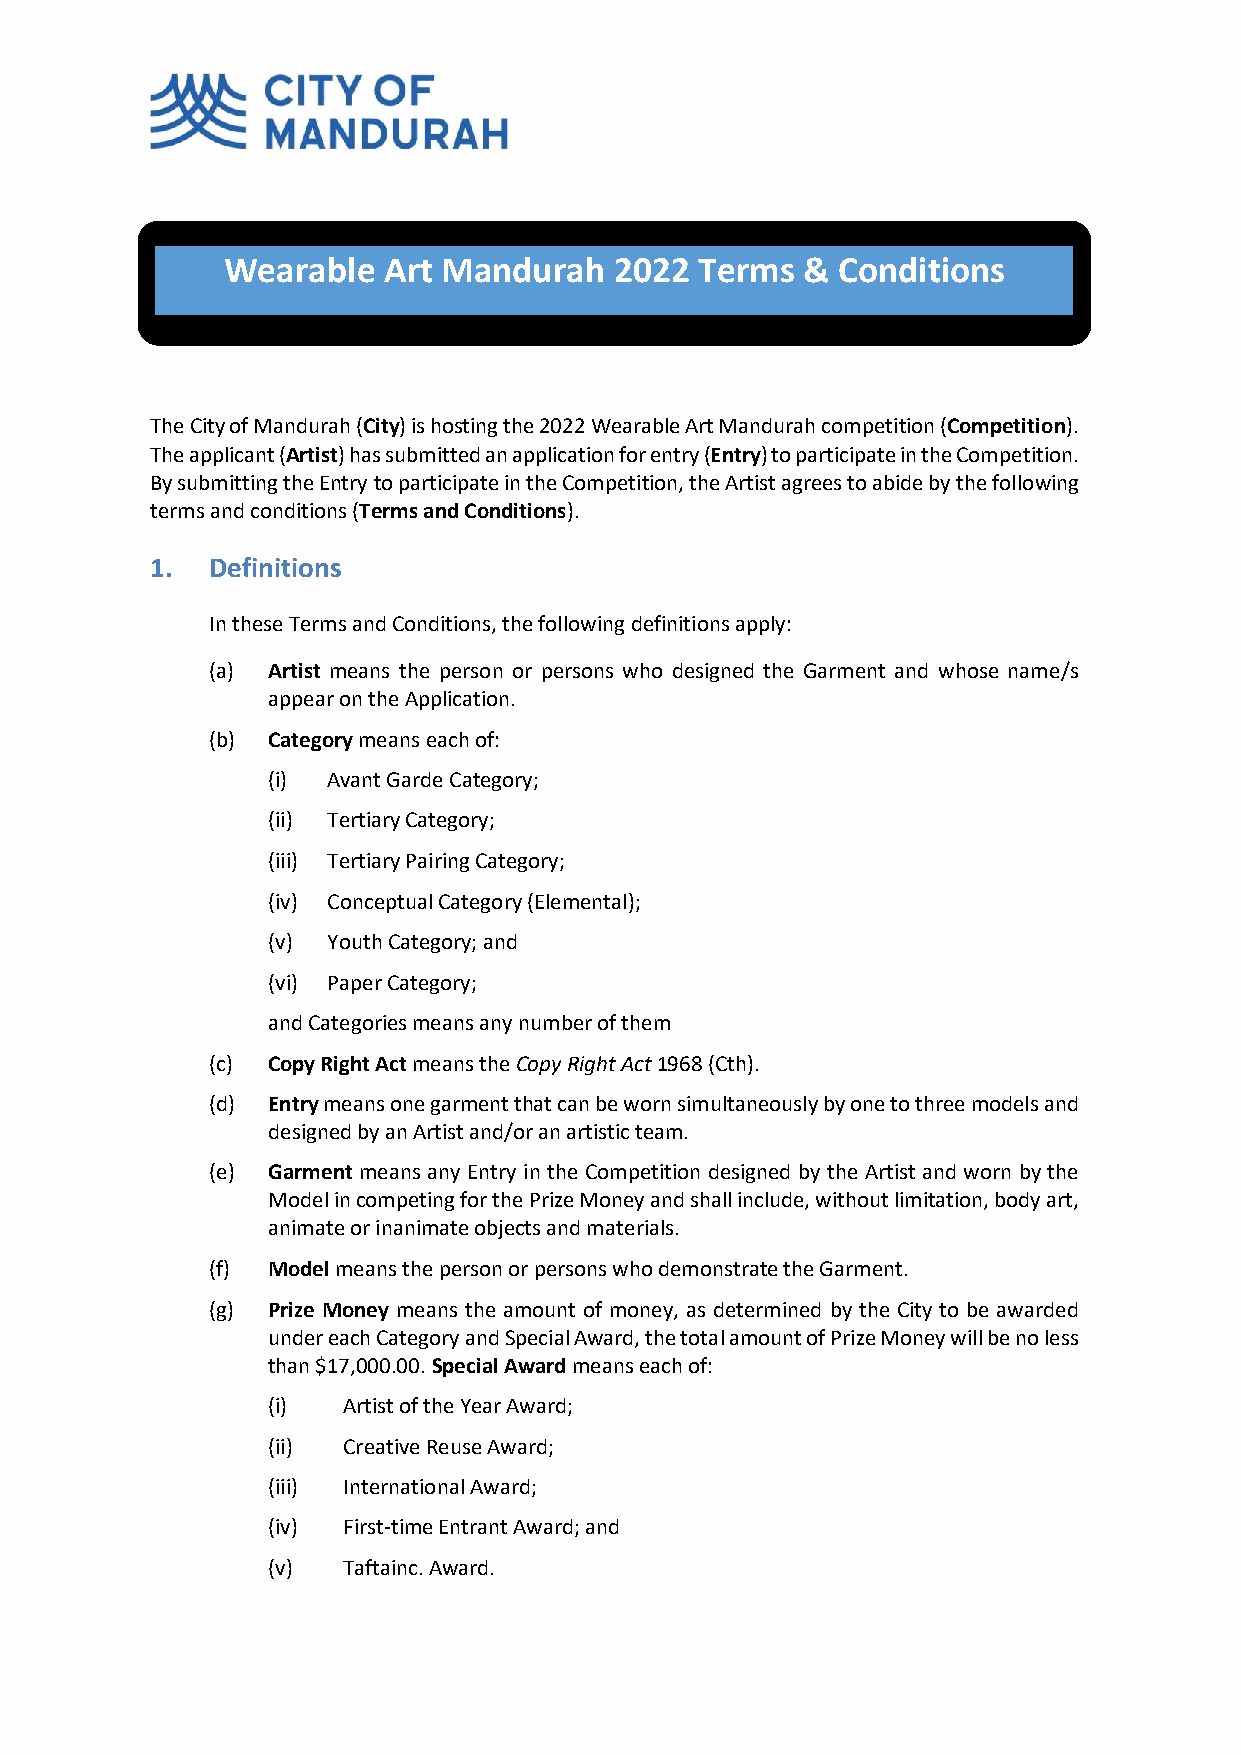
Wearable  Art Mandurah    2022 Terms  & Conditions
 The City of Mandurah (City) is hosting the 2022 Wearable Art Mandurah competition (Competition).
 The applicant (Artist) has submitted an application for entry (Entry) to participate in the Competition.
 By submitting the Entry to participate in the Competition, the Artist agrees to abide by the following
 terms and conditions (Terms and Conditions).
 1.  Definitions
 In these Terms and Conditions, the following definitions apply:
 (a) Artist means the person or persons who designed the Garment and whose name/s
 appear on the Application.
 (b) Category means each of:
 (i) Avant Garde Category;
 (ii) Tertiary Category;
 (iii) Tertiary Pairing Category;
 (iv) Conceptual Category (Elemental);
 (v) Youth Category; and
 (vi) Paper Category;
 and Categories means any number of them
 (c) Copy Right Act means the Copy Right Act 1968 (Cth).
 (d) Entry means one garment that can be worn simultaneously by one to three models and
 designed by an Artist and/or an artistic team.
 (e) Garment means any Entry in the Competition designed by the Artist and worn by the
 Model in competing for the Prize Money and shall include, without limitation, body art,
 animate or inanimate objects and materials.
 (f) Model means the person or persons who demonstrate the Garment.
 (g) Prize Money means the amount of money, as determined by the City to be awarded
 under each Category and Special Award, the total amount of Prize Money will be no less
 than $17,000.00. Special Award means each of:
 (i)  Artist of the Year Award;
 (ii) Creative Reuse Award;
 (iii) International Award;
 (iv) First-time Entrant Award; and
 (v)  Taftainc. Award.